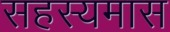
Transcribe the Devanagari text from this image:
सहस्यमास